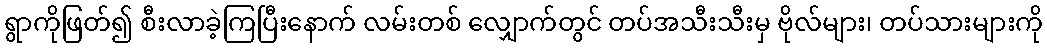
ရွာကိုဖြတ်၍ စီးလာခဲ့ကြပြီးနောက် လမ်းတစ် လျှောက်တွင် တပ်အသီးသီးမှ ဗိုလ်များ၊ တပ်သားများကို